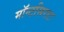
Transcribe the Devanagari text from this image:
मॉन्टसिराट